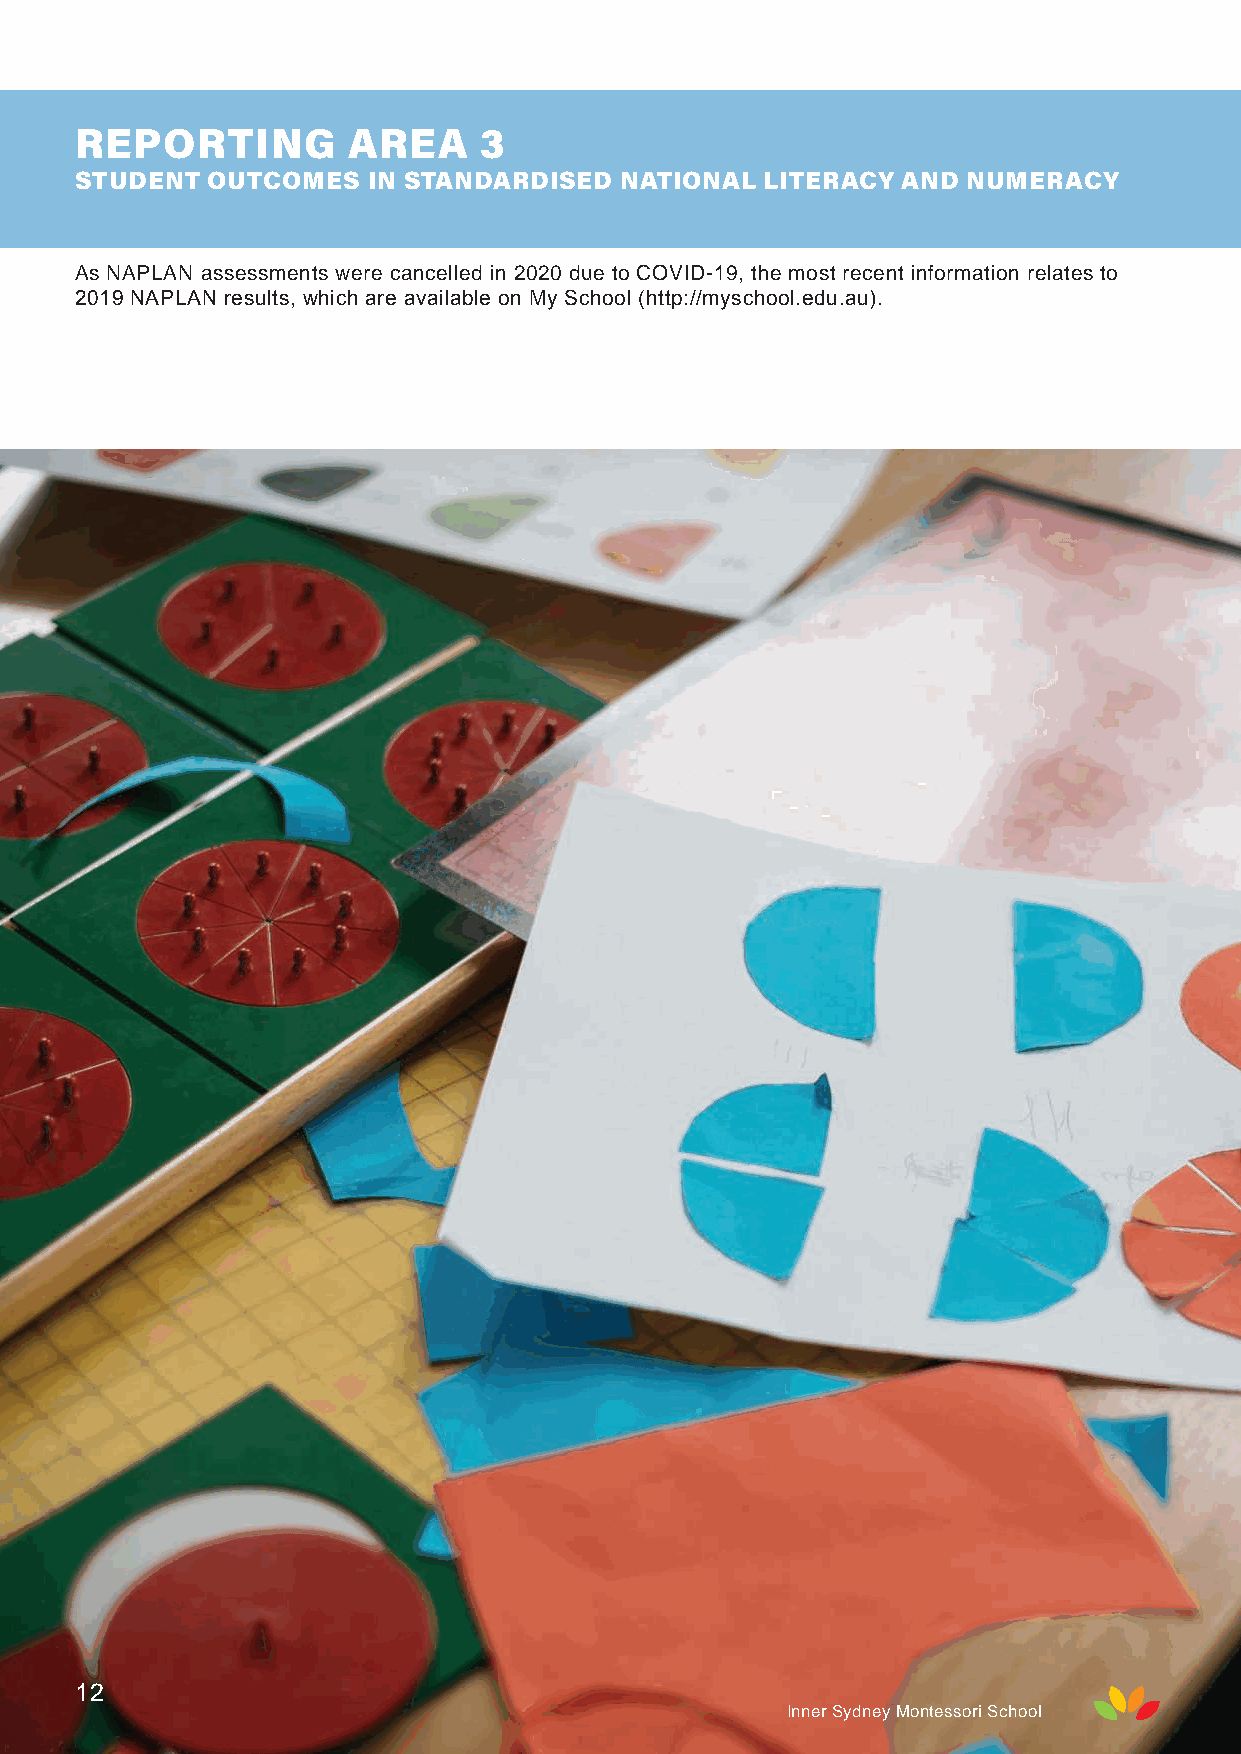
REPORTING         AREA     3
 STUDENT  OUTCOMES  IN STANDARDISED  NATIONAL  LITERACY AND NUMERACY
 As NAPLAN assessments were cancelled in 2020 due to COVID-19, the most recent information relates to
 2019 NAPLAN results, which are available on My School (http://myschool.edu.au).
 12
 Inner Sydney Montessori School